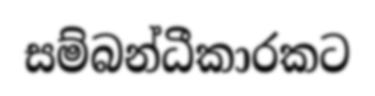
සම්බන්ධීකාරකට